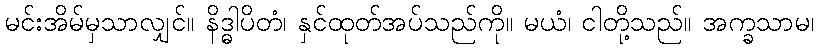
မင်းအိမ်မှသာလျှင်။ နိဒ္ဓါပိတံ၊ နှင်ထုတ်အပ်သည်ကို။ မယံ၊ ငါတို့သည်။ အက္ခသာမ၊